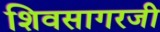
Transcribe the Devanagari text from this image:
शिवसागरजी